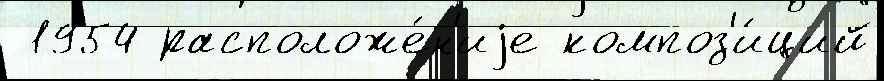
 1954 расположе́н'иjе композ'и́ций